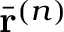
\bar { \mathbf { r } } ^ { ( n ) }